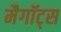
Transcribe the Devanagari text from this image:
मैगॉट्स